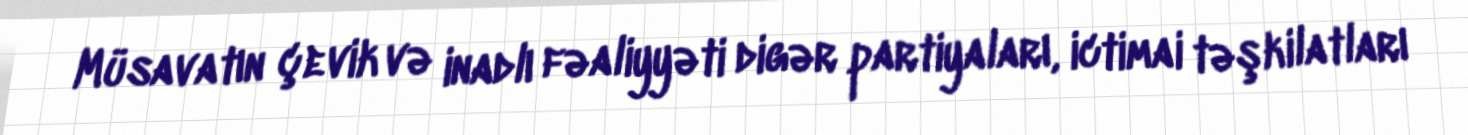
Müsavatın çevik və inadlı fəaliyyəti digər partiyaları, ictimai təşkilatları